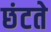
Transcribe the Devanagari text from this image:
छंटते